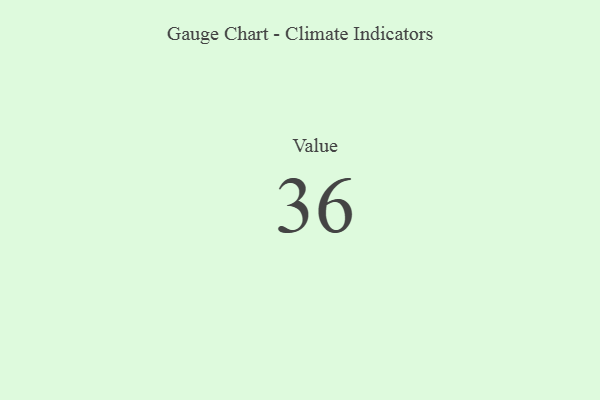
{"axis": {"x": "Metric", "y": "Value"}, "legend": [""], "data": [{"x": "Value", "y": 36, "type": ""}]}